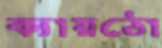
ক্যায়ঠো